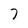
Character: 7